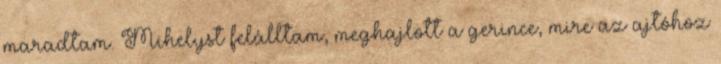
maradtam. Mihelyst felálltam, meghajlott a gerince, mire az ajtóhoz